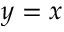
y = x